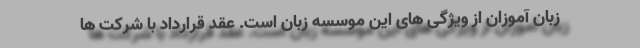
زبان آموزان از ویژگی های این موسسه زبان است. عقد قرارداد با شرکت ها